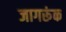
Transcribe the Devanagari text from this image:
जागरूंक